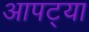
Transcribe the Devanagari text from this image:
आपट्या